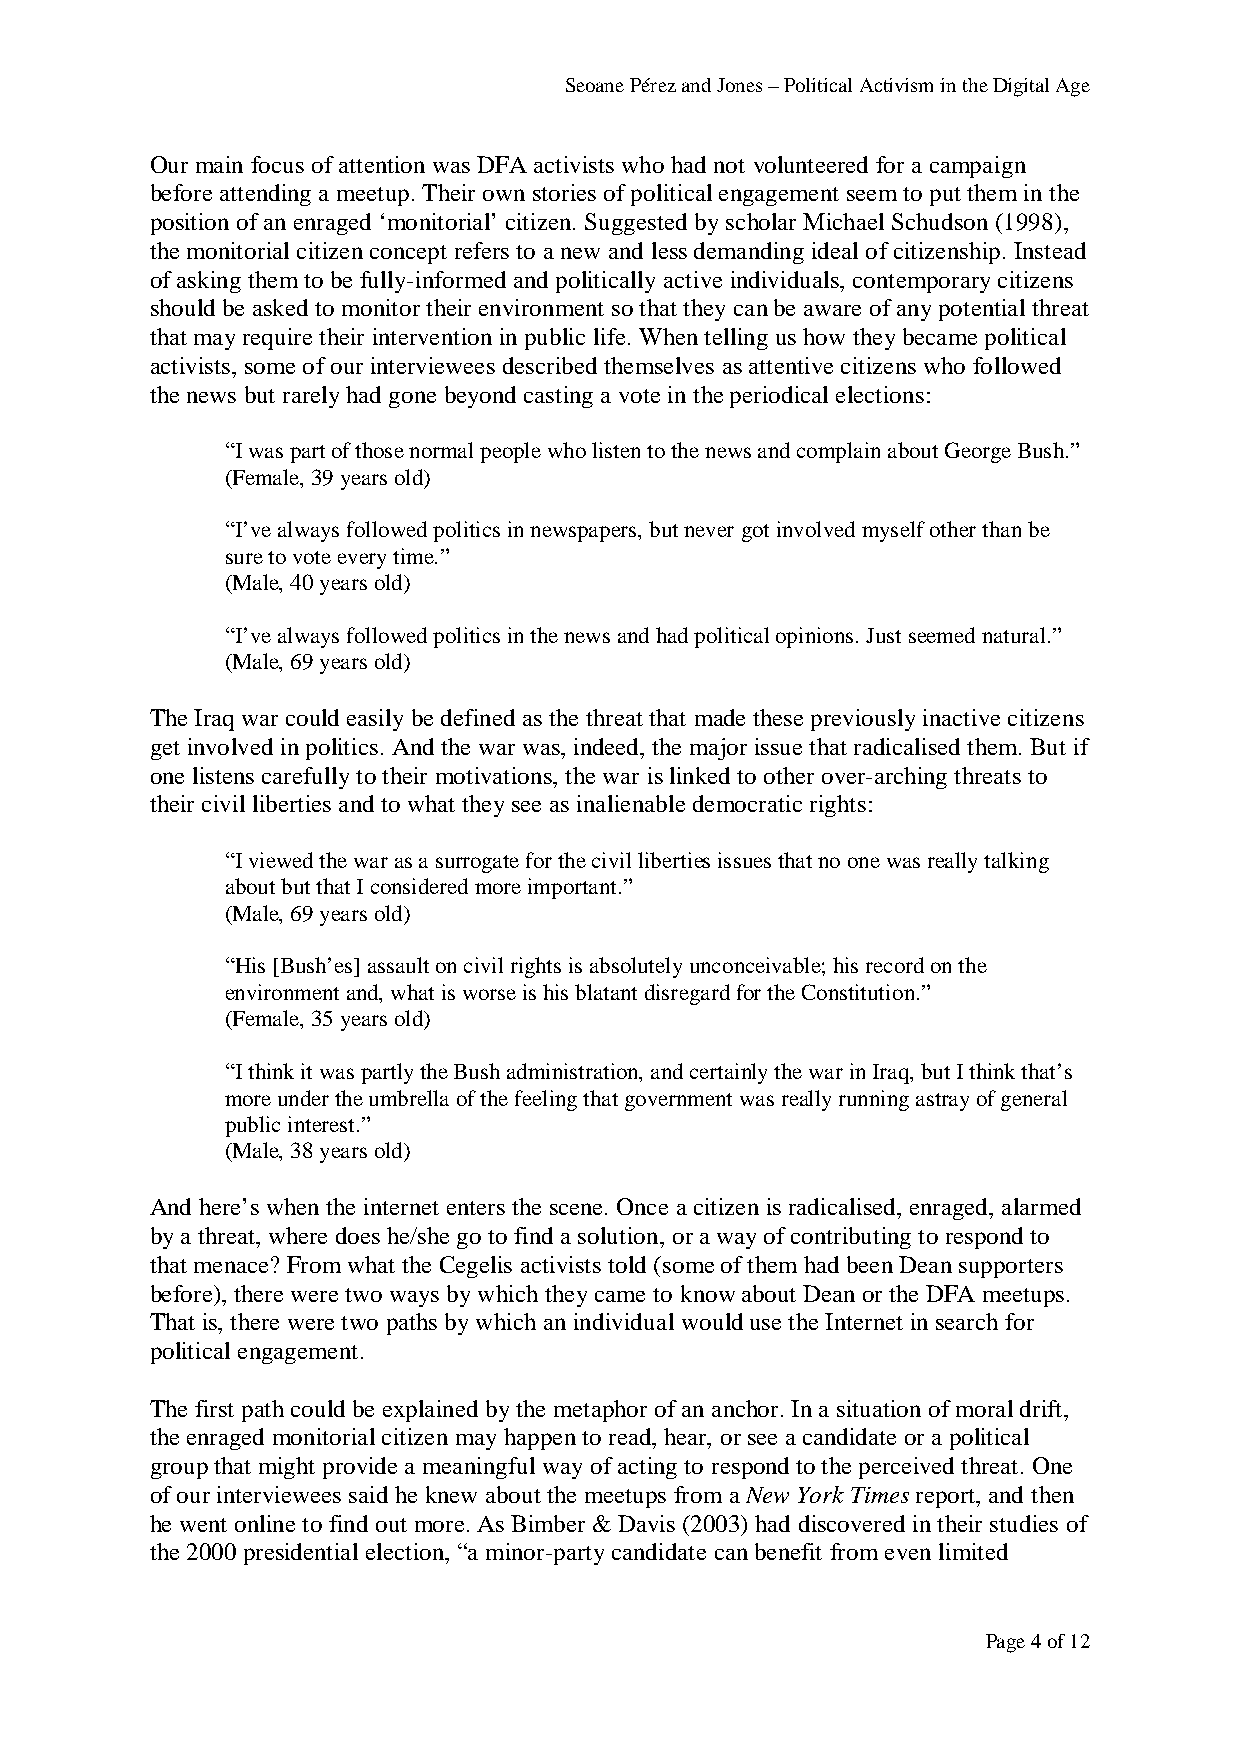
Seoane Pérez and Jones – Political Activism in the Digital Age
 Our main focus of attention was DFA activists who had not volunteered for a campaign
 before attending a meetup. Their own stories of political engagement seem to put them in the
 position of an enraged ‘monitorial’ citizen. Suggested by scholar Michael Schudson (1998),
 the monitorial citizen concept refers to a new and less demanding ideal of citizenship. Instead
 of asking them to be fully-informed and politically active individuals, contemporary citizens
 should be asked to monitor their environment so that they can be aware of any potential threat
 that may require their intervention in public life. When telling us how they became political
 activists, some of our interviewees described themselves as attentive citizens who followed
 the news but rarely had gone beyond casting a vote in the periodical elections:
 “I was part of those normal people who listen to the news and complain about George Bush.”
 (Female, 39 years old)
 “I’ve always followed politics in newspapers, but never got involved myself other than be
 sure to vote every time.”
 (Male, 40 years old)
 “I’ve always followed politics in the news and had political opinions. Just seemed natural.”
 (Male, 69 years old)
 The Iraq war could easily be defined as the threat that made these previously inactive citizens
 get involved in politics. And the war was, indeed, the major issue that radicalised them. But if
 one listens carefully to their motivations, the war is linked to other over-arching threats to
 their civil liberties and to what they see as inalienable democratic rights:
 “I viewed the war as a surrogate for the civil liberties issues that no one was really talking
 about but that I considered more important.”
 (Male, 69 years old)
 “His [Bush’es] assault on civil rights is absolutely unconceivable; his record on the
 environment and, what is worse is his blatant disregard for the Constitution.”
 (Female, 35 years old)
 “I think it was partly the Bush administration, and certainly the war in Iraq, but I think that’s
 more under the umbrella of the feeling that government was really running astray of general
 public interest.”
 (Male, 38 years old)
 And here’s when the internet enters the scene. Once a citizen is radicalised, enraged, alarmed
 by a threat, where does he/she go to find a solution, or a way of contributing to respond to
 that menace? From what the Cegelis activists told (some of them had been Dean supporters
 before), there were two ways by which they came to know about Dean or the DFA meetups.
 That is, there were two paths by which an individual would use the Internet in search for
 political engagement.
 The first path could be explained by the metaphor of an anchor. In a situation of moral drift,
 the enraged monitorial citizen may happen to read, hear, or see a candidate or a political
 group that might provide a meaningful way of acting to respond to the perceived threat. One
 of our interviewees said he knew about the meetups from a New York Times report, and then
 he went online to find out more. As Bimber & Davis (2003) had discovered in their studies of
 the 2000 presidential election, “a minor-party candidate can benefit from even limited
 Page 4 of 12